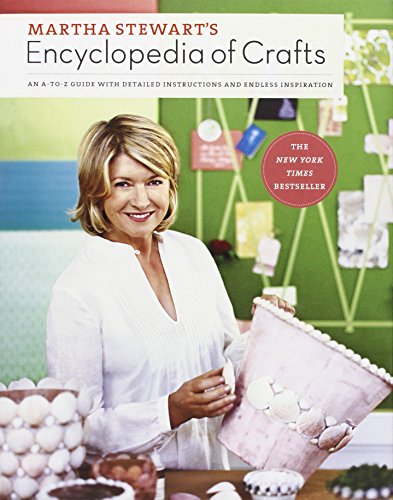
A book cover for Martha Stewart's Encyclopedia of Crafts: An A-to-Z Guide with Detailed Instructions and Endless Inspiration; Martha Stewart Living Magazine; Crafts, Hobbies & Home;